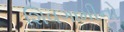
શિવગામીનો